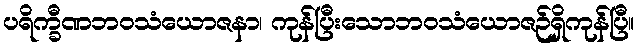
ပရိက္ခီဏဘဝသံယောဇနာ၊ ကုန်ပြီးသောဘဝသံယောဇဉ်ရှိကုန်ပြီ။